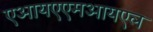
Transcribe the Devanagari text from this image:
एआयएएमआयएल